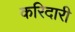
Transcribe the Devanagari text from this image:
करिदारी